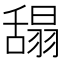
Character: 𦧭